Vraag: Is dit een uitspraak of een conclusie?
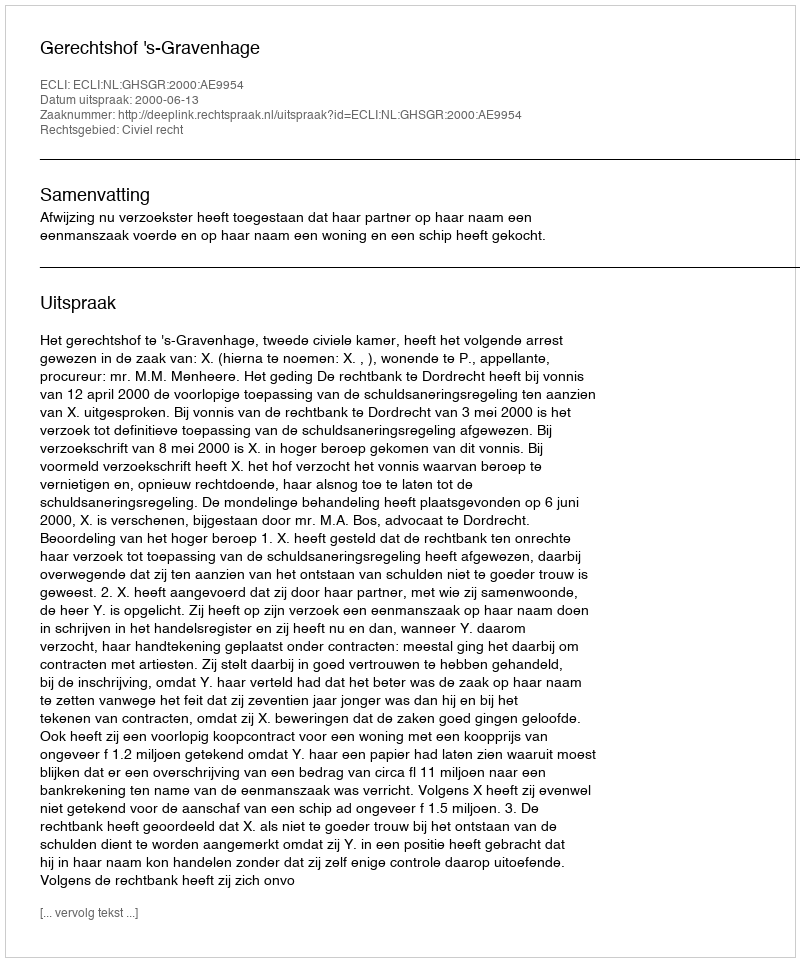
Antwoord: Uitspraak